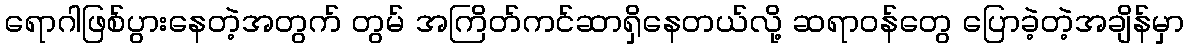
ရောဂါဖြစ်ပွားနေတဲ့အတွက် တွမ် အကြိတ်ကင်ဆာရှိနေတယ်လို့ ဆရာဝန်တွေ ပြောခဲ့တဲ့အချိန်မှာ